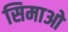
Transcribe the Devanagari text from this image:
सिमाओ